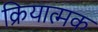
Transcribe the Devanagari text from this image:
क्रियात्‍मक